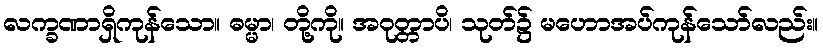
လက္ခဏာရှိကုန်သော။ ဓမ္မာ၊ တို့ကို။ အဝုတ္တာပိ၊ သုတ်၌ မဟောအပ်ကုန်သော်လည်း။